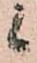
候